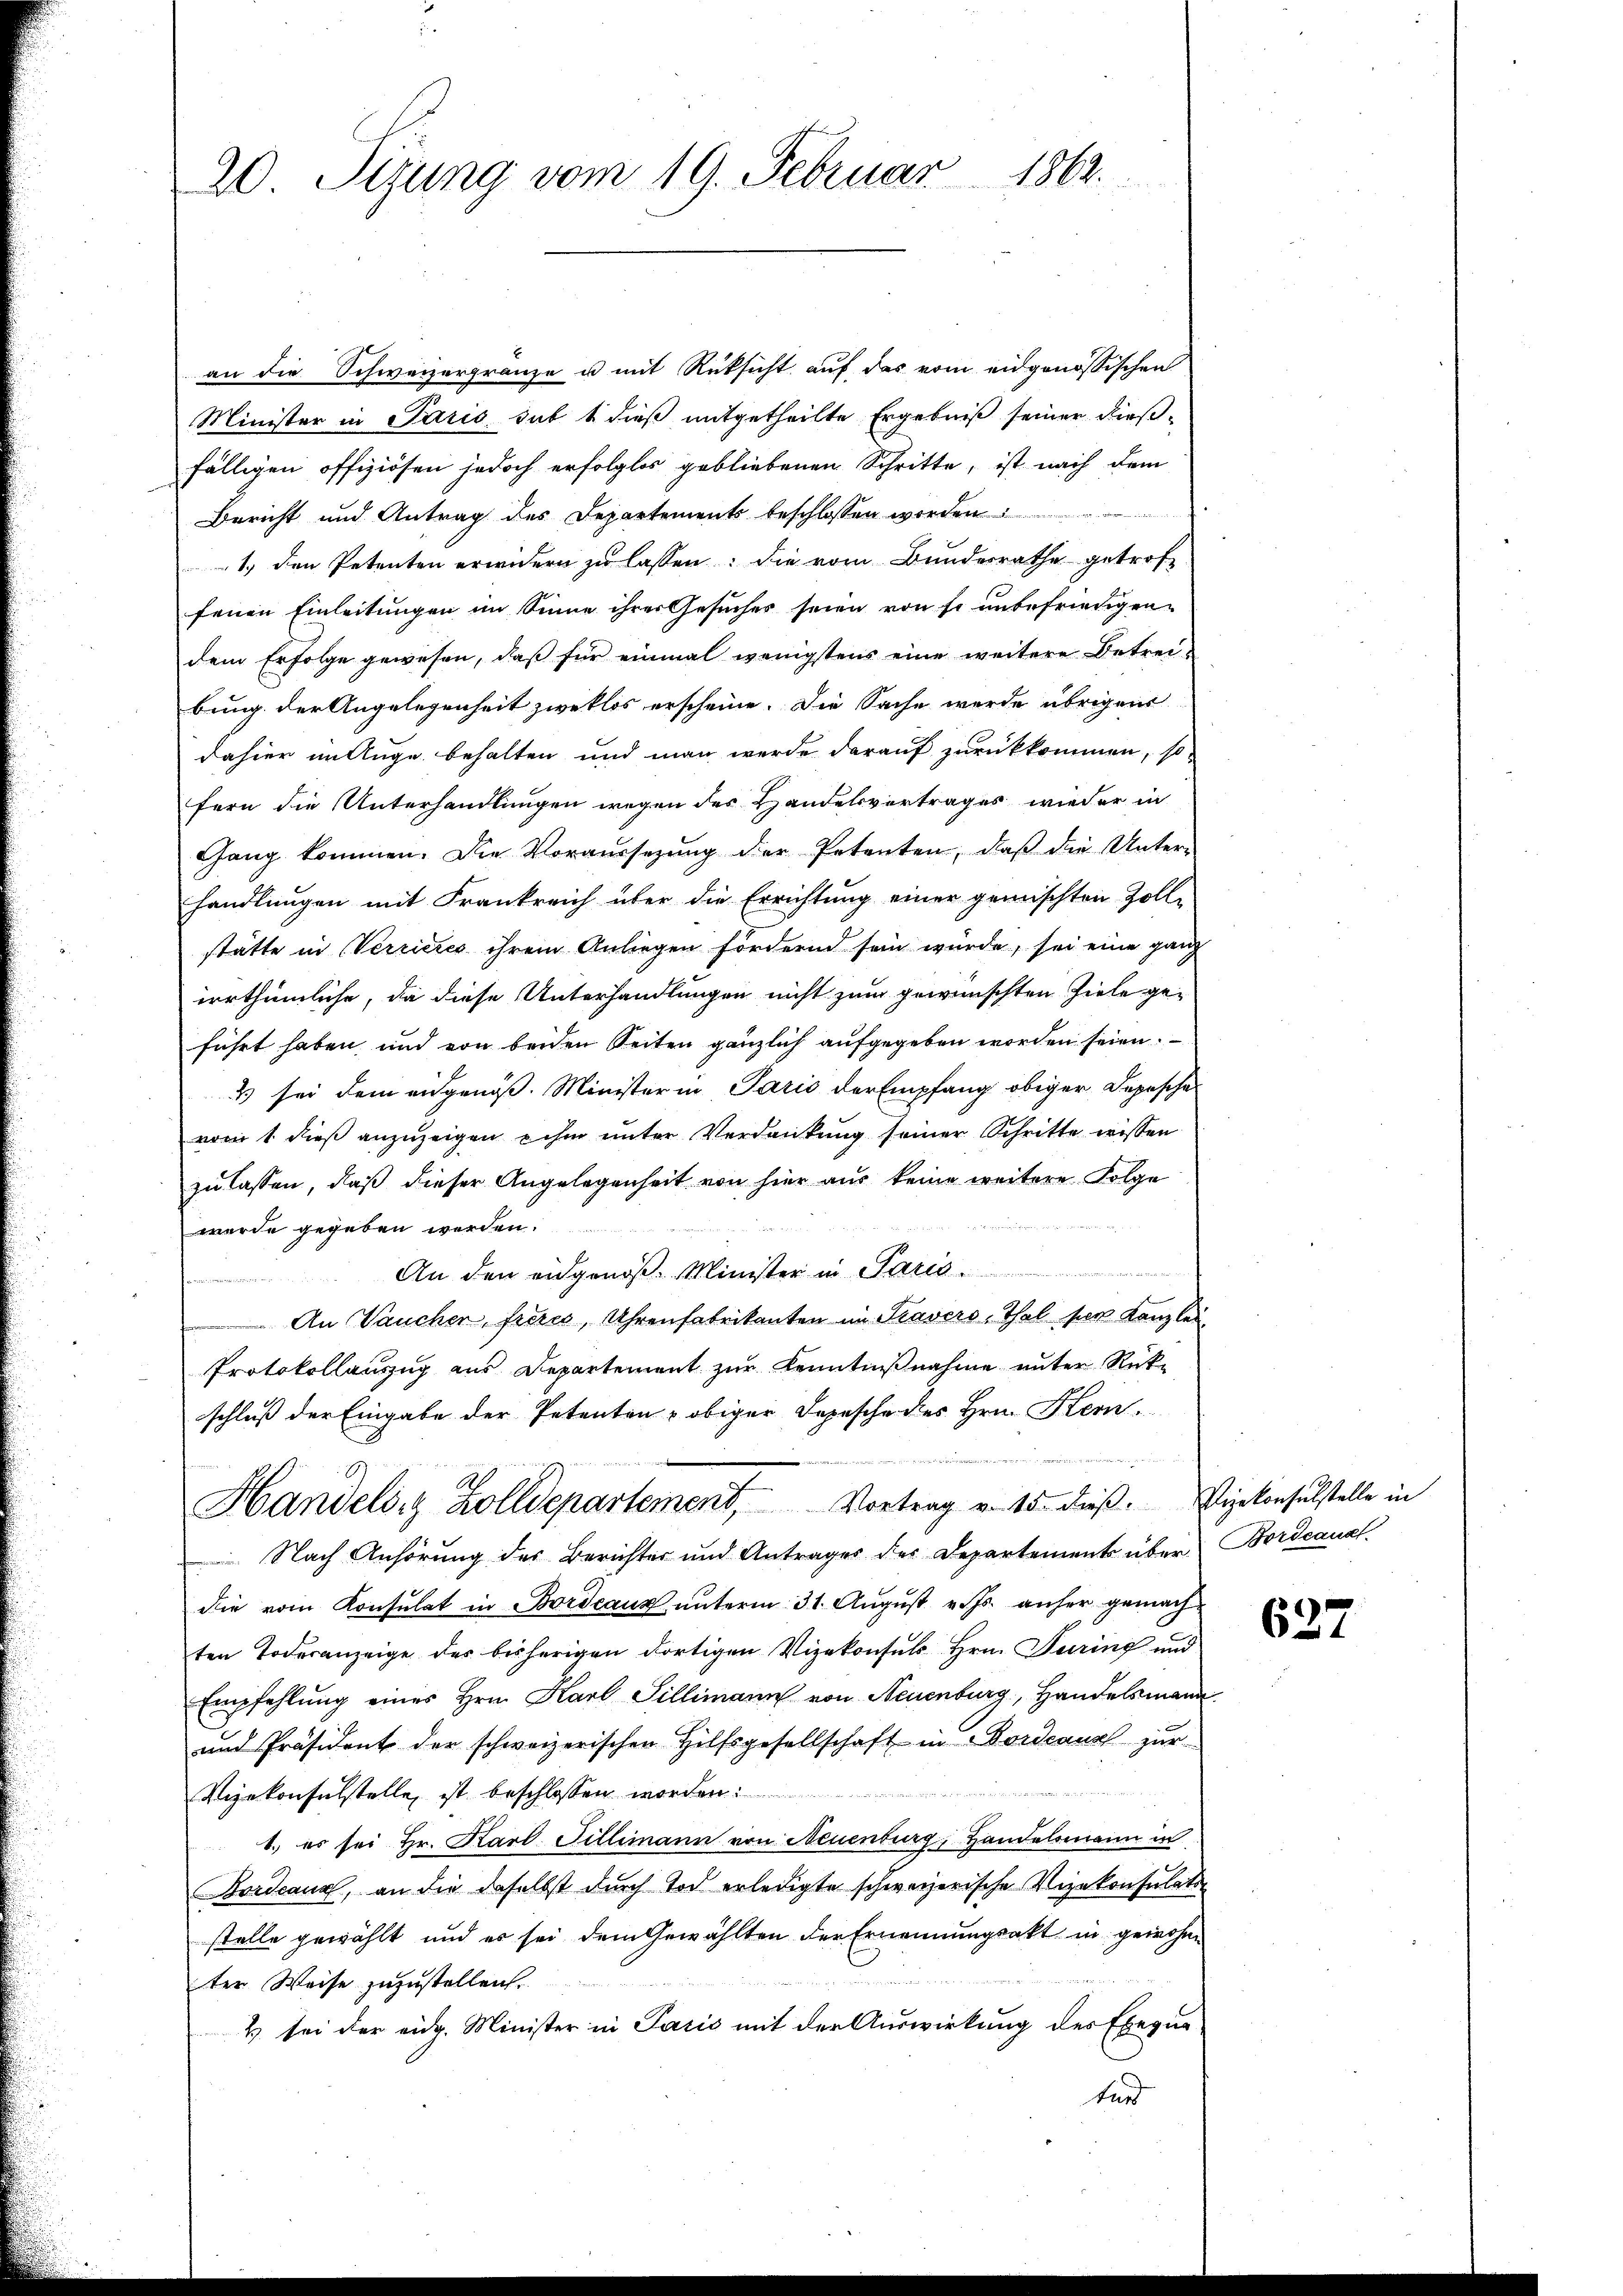
20 Tizung vom 19. Februar 1862.

an die Schweizergränze u mit Rüksicht auf des vom eidgenössischen
Minister in Paris sub 1 dieß mitgetheilte Ergebniß seiner dießfälligen offiziösen jedoch erfolglos gebliebenen Schritte, ist nach dem
Bericht und Antrag des Departements beschlossen worden:
1. den Petenten erwidern zu lassen: die vom Bundesrathe getroffenen Einleitungen im Sinne ihrer Gesuches seien von so unbefriedigendem Erfolge gewesen, daß für einmal wenigstens eine weitere Betreibung der Angelegenheit zweklos erscheine. Die Sache werde übrigens
dahier im Auge behalten und man werde darauf zurückkommen, so
fern die Unterhandlungen wegen des Handelsvertrages wieder in
Gang kommen. Die Voraussetzung der Petenten, daß die Unter-
handlungen mit Frankreich über die Errichtung einer gemischten Zoll-
stätte in Verrieres ihrem Anliegen fördernd sein würde, sei eine ganz
irrthümliche, da diese Unterhandlungen nicht zum gewünschten Ziele geführt haben, und von beiden Seiten gänzlich aufgegeben worden seien.
 sei dem eidgenöß. Minister in Paris der Empfang obiger Depesches
vom 1. dieß anzuzeigen ihm unter Verdankung seiner Schritte wissen
zu lassen, daß dieser Angelegenheit von hier aus keine weitere Folge
werde gegeben werden.
n
An den eidgenoß. Minister in Paris¬
An Vaucher, freies, Uhrenfabrikanten im Stavers, Thal per Kanzlei
Protokollanzug aus Departement zur Kenntnißnahme unter Rückschluß der Eingabe der Petenten u obiger Depesche des Hrn. Hern
Handels. Zolldepartement, Vortrag v. 15. dieß. Vizekonsulstelle in
 Nach Anhörung des Berichter und Antrages des Departements über Bordcanal
die vom Konsulat in Bordeaux unterm 31. August v. Js. anher gemach
ten Todesanzeige des bisherigen dortigen Vizekonsuls Hrn. Turing und
Empfehlŭng eines Hrn. Karl Sillimann von Neuenburg, Handelsmann
und Präsident der schweizerischen Hilfsgesellschaft in Bordeaus zur
Vizekonsulstelle, ist beschlossen worden
1. es sei Hr. Karl. Fillimann von Neuenburg, Handelsmann in
Bordeaux, an die daselbst durch Tod erledigte schweizerische Vizekonsulats
stelle gewählt und es sei dem Gewählten der Ernennungsakt in gewohnter Weise zuzustellen.
2 sei der eidg. Minister in Paris mit der Auswirkung des Exegue
furd

627